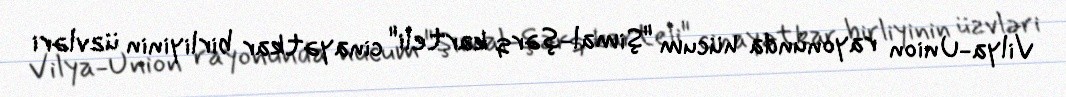
Vilya-Union rayonunda hücum "Şimal-şərq karteli" cinayətkar birliyinin üzvləri